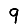
Digit: 9